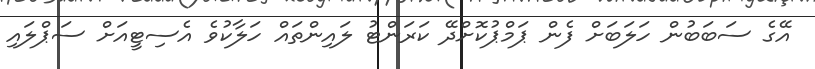
އޭގެ ސަބަބުން ހަލަބަށް ފެން ޕަމްޕުކޮށްދޭ ކަރަންޓު ލައިންތައް ހަލާކުވެ އެސިޓީއަށް ސަޕްލައި